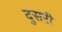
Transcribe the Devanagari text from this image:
दुसऱी